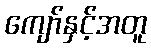
ကျော်နှင့်အတူ